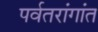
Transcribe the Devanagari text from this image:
पर्वतरांगांत